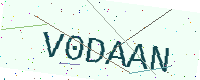
Text: V0DAAN